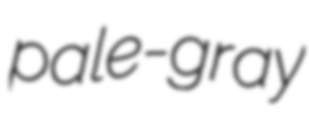
pale-gray